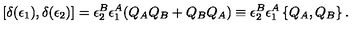
[ \delta ( \epsilon _ { 1 } ) , \delta ( \epsilon _ { 2 } ) ] = \epsilon _ { 2 } ^ { B } \epsilon _ { 1 } ^ { A } ( Q _ { A } Q _ { B } + Q _ { B } Q _ { A } ) \equiv \epsilon _ { 2 } ^ { B } \epsilon _ { 1 } ^ { A } \left\{ Q _ { A } , Q _ { B } \right\} .